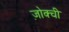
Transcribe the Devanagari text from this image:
ज़ोक्ची